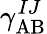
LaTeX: \gamma_{\mathrm{AB}}^{IJ}